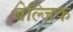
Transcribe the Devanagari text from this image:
बेल्जिक